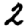
Digit: 2